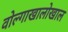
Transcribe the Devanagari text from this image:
वोल्गाखालोखाल